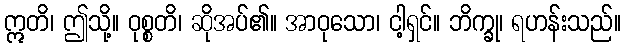
ဣတိ၊ ဤသို့။ ဝုစ္စတိ၊ ဆိုအပ်၏။ အာဝုသော၊ ငါ့ရှင်။ ဘိက္ခု၊ ရဟန်းသည်။